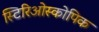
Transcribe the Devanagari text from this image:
स्टिरिओस्कोपिक